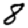
Digit: 8